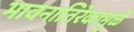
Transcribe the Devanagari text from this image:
भावनातिरेकामुळे